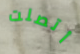
أتصلت